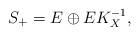
LaTeX: \begin{align*}S_+= E \oplus EK_X^{-1},\end{align*}